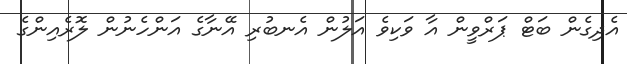
އެދިގެން ބަޓް ޕަރްވީން އާ ވަކިވެ އަލުން އެނބުރި އޭނާގެ އަންހެނުން ލޮރެއިންގެ